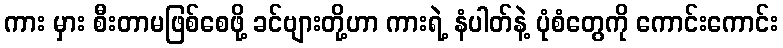
ကား မှား စီးတာမဖြစ်စေဖို့ ခင်ဗျားတို့ဟာ ကားရဲ့ နံပါတ်နဲ့ ပုံစံတွေကို ကောင်းကောင်း